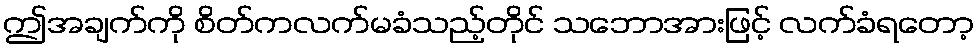
ဤအချက်ကို စိတ်ကလက်မခံသည့်တိုင် သဘောအားဖြင့် လက်ခံရတော့